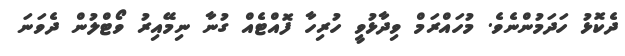
ދެކޮޅު ހަދަމުންނެވެ. މުހައްރަމް ވިދާޅުވީ ހުރިހާ ފޮއްޓެއް ގުނާ ނިމޭއިރު ވޯޓްލުން ދެވަނަ